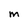
Character: m